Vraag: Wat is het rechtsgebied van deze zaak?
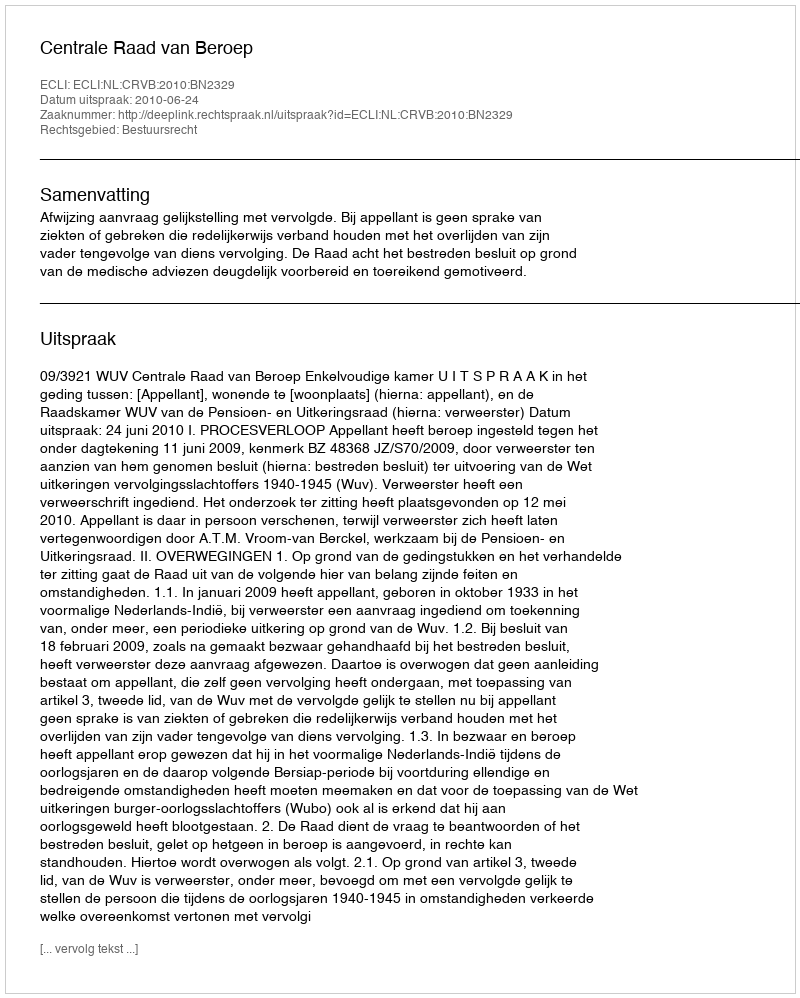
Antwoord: Bestuursrecht